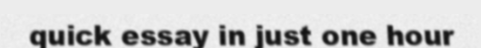
quick essay in just one hour